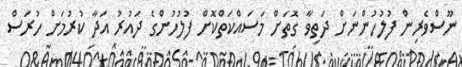
ނޫސްވެރިން ފުލުހުންނަށް ދަތިވާ ގޮތަށް މަސައްކަތްކޮށް ފުލުހުންގެ ދައުރު އަދާ ކުރުމަށް ހުރަސް